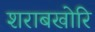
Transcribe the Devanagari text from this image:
शराबखोरि